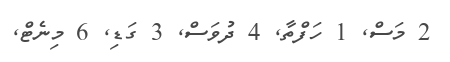
2 މަސް